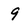
Character: 9